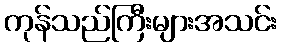
ကုန်သည်ကြီးများအသင်း